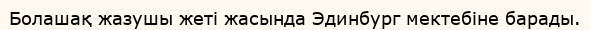
Болашақ жазушы жеті жасында Эдинбург мектебіне барады.